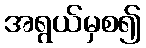
အရွယ်မှစ၍